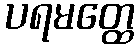
ပရမတ္ထေ